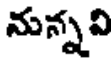
నున్నవి